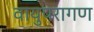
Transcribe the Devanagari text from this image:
वायुपरागण